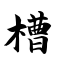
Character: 槽